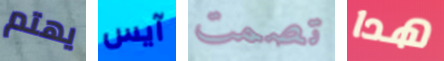
يهتم آيس تصمت هدا